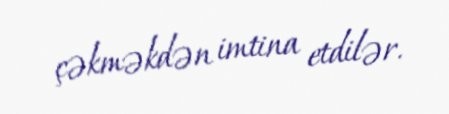
çəkməkdən imtina etdilər.